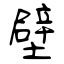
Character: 壁